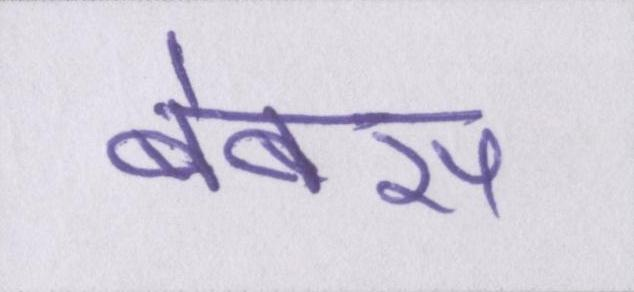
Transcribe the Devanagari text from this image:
बेबस